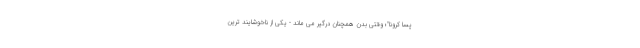
پسا کرونا"؛ وقتی بدن همچنان درگیر می ماند - یکی از ناخوشایند ترین